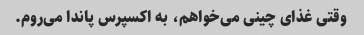
وقتی غذای چینی می‌خواهم، به اکسپرس پاندا می‌روم.